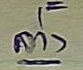
ล่าง